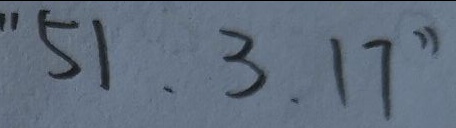
" 5 1 . 3 . 1 7 "